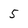
Character: 5